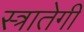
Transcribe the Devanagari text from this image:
स्त्रातेगी